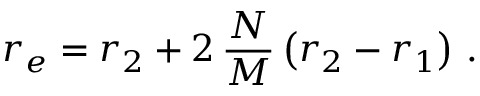
r _ { e } = r _ { 2 } + 2 \, \frac { N } { M } \left( r _ { 2 } - r _ { 1 } \right) \, .